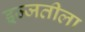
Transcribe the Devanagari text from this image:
इज्जतीला